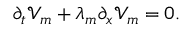
\partial _ { t } \mathcal { V } _ { m } + \lambda _ { m } \partial _ { x } \mathcal { V } _ { m } = 0 .